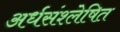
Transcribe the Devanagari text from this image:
अर्धसंश्लेषित